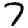
Digit: 7